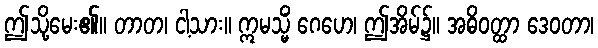
ဤသို့မေး၏။ တာတ၊ ငါ့သား။ ဣမသ္မိံ ဂေဟေ၊ ဤအိမ်၌။ အဓိဝတ္ထာ ဒေဝတာ၊